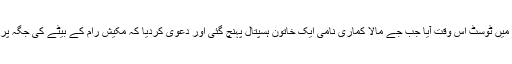
ہسپتال میں جاری اس ہنگامے میں ٹوسٹ اس وقت آیا جب جے مالا کماری نامی ایک خاتون ہسپتال پہنچ گئی اور دعویٰ کردیا کہ مکیش رام کے بیٹے کی جگہ پر اس کی بیٹی کو رکھا گیا ہے۔